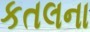
કતલના